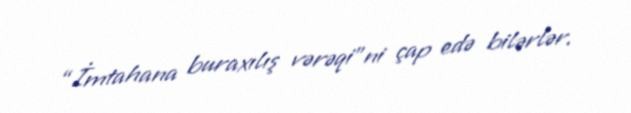
“İmtahana buraxılış vərəqi”ni çap edə bilərlər.